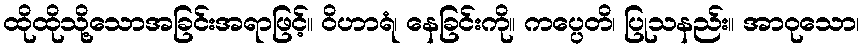
ထိုထိုသို့သောအခြင်းအရာဖြင့်။ ဝိဟာရံ၊ နေခြင်းကို။ ကပ္ပေတိ၊ ပြုသနည်း။ အာဝုသော၊